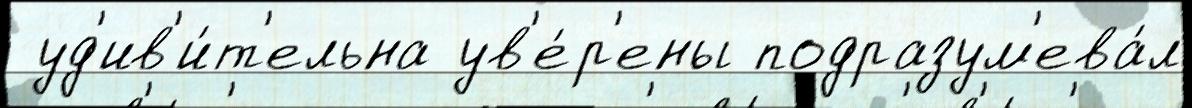
 уд'ив'и́т'ельна ув'е́р'ены подразум'ева́л